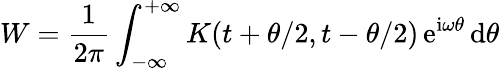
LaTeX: W=\frac{1}{2\pi}\int_{-\infty}^{+\infty}K(t+\theta/2,t-\theta/2)\, \mathrm{e}^{\mathrm{i}\omega\theta}\, \mathrm{d}\theta